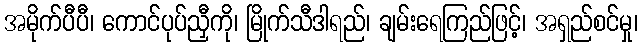
အမိုက်ပီပီ၊ ကောင်ပုပ်ညှီကို၊ မြိုက်သီဒါရည်၊ ချမ်းရေကြည်ဖြင့်၊ အရှည်စင်မှု၊